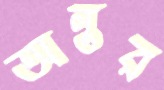
অন্তর